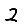
Digit: 2